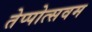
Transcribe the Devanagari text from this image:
तेप्पोत्सवम